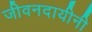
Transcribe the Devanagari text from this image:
जीवनदायीनी